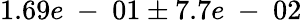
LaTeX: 1.69e\mathrm{~-~}01\pm 7.7e\mathrm{~-~}02